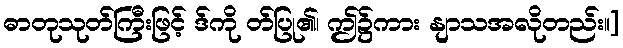
ဓာတုသုတ်ကြီးဖြင့် ဒ်ကို တ်ပြု၏၊ ဤ၌ကား နျာသအလိုတည်း။]